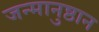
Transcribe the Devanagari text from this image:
जन्मानुष्ठान